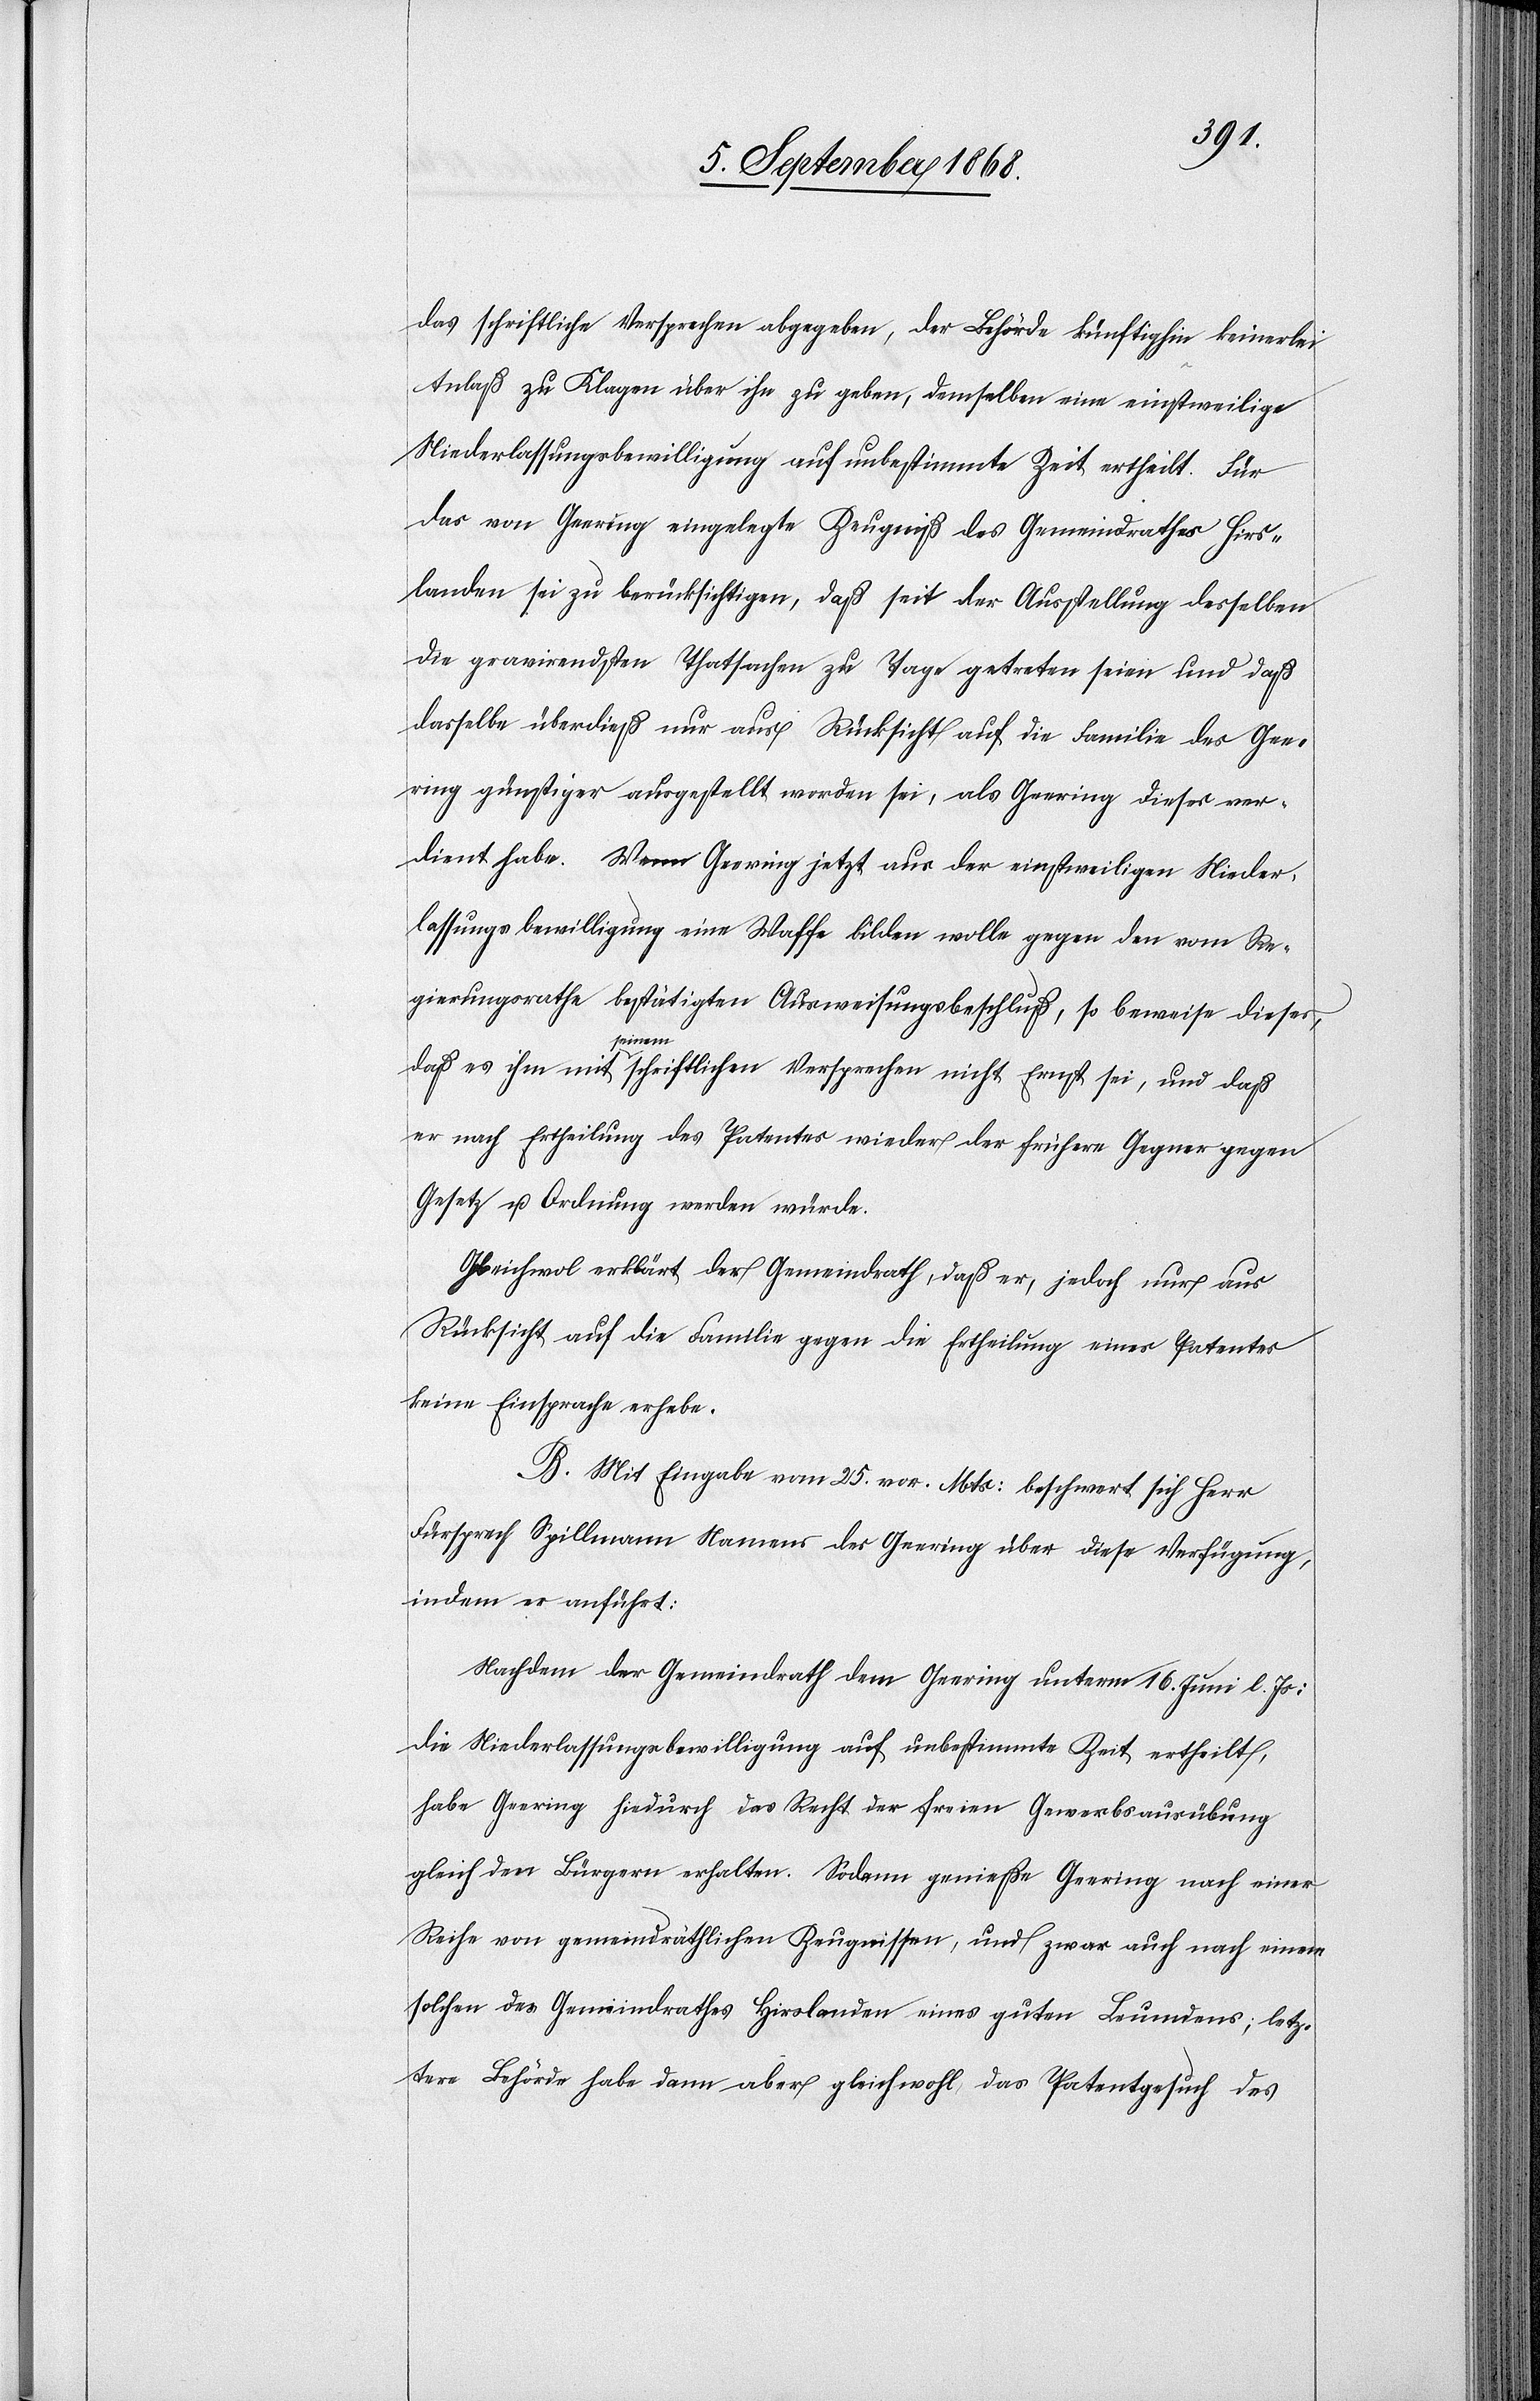
das schriftliche Versprechen abgegeben, der Behörde künftighin keinerlei
Anlaß zu Klagen über ihn zu geben, demselben eine einstweilige
Niederlassungsbewilligung auf unbestimmte Zeit ertheilt. Für
das von Geering eingelegte Zeugniß des Gemeindrathes Hirs¬
landen sei zu berücksichtigen, daß seit der Ausstellung desselben
die gravirendsten Thatsachen zu Tage getreten seien und daß
dasselbe überdieß nur aus Rücksicht auf die Familie des Gee¬
ring günstiger ausgestellt worden sei, als Geering dieses ver¬
dient habe. Wenn Geering jetzt aus der einstweiligen Nieder¬
lassungsbewilligung eine Waffe bilden wolle gegen den vom Re¬
gierungsrathe bestätigten Ausweisungsbeschluß, so beweise dieses,
daß es ihm mit seinem schriftlichen Versprechen nicht Ernst sei, und daß
er nach Ertheilung des Patentes wieder der frühere Gegner gegen
Gesetz u. Ordnung werden würde.
Gleichwol erklärt der Gemeindrath, daß er, jedoch nur aus
Rücksicht auf die Familie gegen die Ertheilung eines Patentes
keine Einsprache erhebe.
B. Mit Eingabe vom 25. vor. Mts: beschwert sich Herr
Fürsprech Spillmann Namens des Geering über diese Verfügung,
indem er anführt:
Nachdem der Gemeindrath dem Geering unterm 16. Juni l. Js:
die Niederlassungsbewilligung auf unbestimmte Zeit ertheilt,
habe Geering hiedurch das Recht der freien Gewerbsausübung
gleich den Bürgern erhalten. Sodann genieße Geering nach einer
Reihe von gemeindräthlichen Zeugnissen, und zwar auch nach einem
solchen des Gemeindrathes Hirslanden eines guten Leumdens; letz¬
tere Behörde habe dann aber gleichwohl das Patentgesuch des